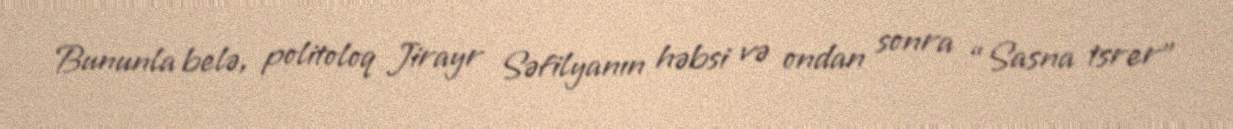
Bununla belə, politoloq Jirayr Səfilyanın həbsi və ondan sonra “Sasna tsrer”